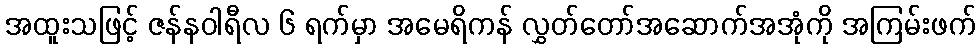
အထူးသဖြင့် ဇန်နဝါရီလ ၆ ရက်မှာ အမေရိကန် လွှတ်တော်အဆောက်အအုံကို အကြမ်းဖက်